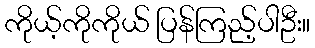
ကိုယ့်ကိုကိုယ် ပြန်ကြည့်ပါဦး။